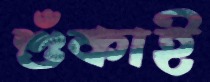
শুঁকাই